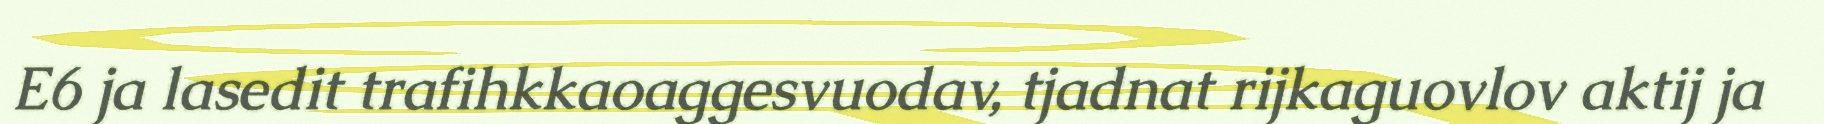
E6 ja lasedit trafihkkaoaggesvuodav, tjadnat rijkaguovlov aktij ja